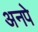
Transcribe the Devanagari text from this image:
अनपे